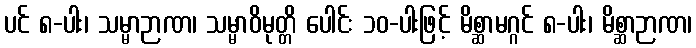
ပင် ၈-ပါး၊ သမ္မာဉာဏ၊ သမ္မာဝိမုတ္တိ ပေါင်း ၁၀-ပါးဖြင့် မိစ္ဆာမဂ္ဂင် ၈-ပါး၊ မိစ္ဆာဉာဏ၊